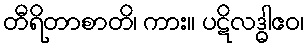
တီရိတာစာတိ၊ ကား။ ပဋိလဒ္ဓါဧဝ၊